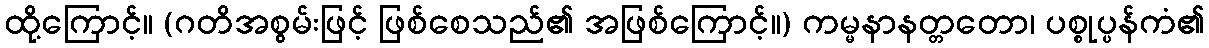
ထို့ကြောင့်။ (ဂတိအစွမ်းဖြင့် ဖြစ်စေသည်၏ အဖြစ်ကြောင့်။) ကမ္မနာနတ္တတော၊ ပစ္စုပ္ပန်ကံ၏